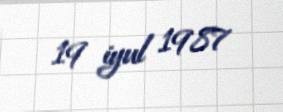
19 iyul 1987